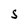
Character: S